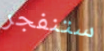
ستنفجر